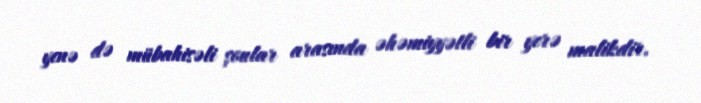
yenə də mübahisəli şoular arasında əhəmiyyətli bir yerə malikdir.